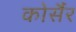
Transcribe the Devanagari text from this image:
कोर्सैर